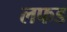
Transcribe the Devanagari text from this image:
लफड